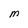
Character: M